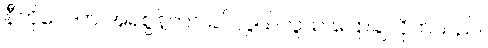
နီကိုလေက အရဲစွန့်ကာ ခပ်လွယ်လွယ် ပြောချလိုက်သည်။